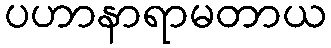
ပဟာနာရာမတာယ